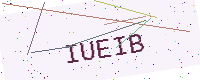
Text: IUEIB